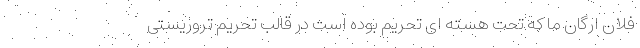
فلان ارگان ما که تحت هسته ای تحریم بوده است در قالب تحریم تروریستی